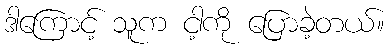
ဒါကြောင့် သူက ငါ့ကို ပြောခဲ့တယ်။